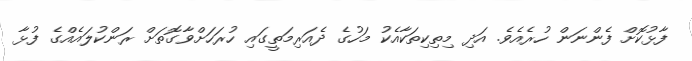
ފާޅުކޮށް ފެންނަން ހުރެއެވެ. އަދި މިތިކިތަކާއެކު މަހުގެ ދެއަރިމަތީގައި ހުރަހަށްވާގޮތަށް ރަންކުލައެއްގެ ފުޅާ